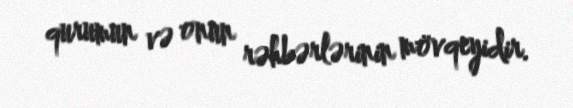
qurumun və onun rəhbərlərinin mövqeyidir.